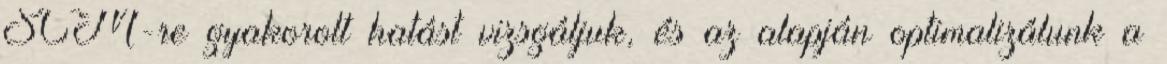
SCM-re gyakorolt hatást vizsgáljuk, és az alapján optimalizálunk a